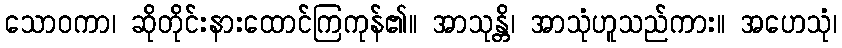
သောဝကာ၊ ဆိုတိုင်းနားထောင်ကြကုန်၏။ အာသုန္တိ၊ အာသုံဟူသည်ကား။ အဟေသုံ၊